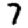
Digit: 7